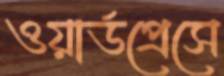
ওয়ার্ডপ্রেসে